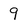
Character: 9